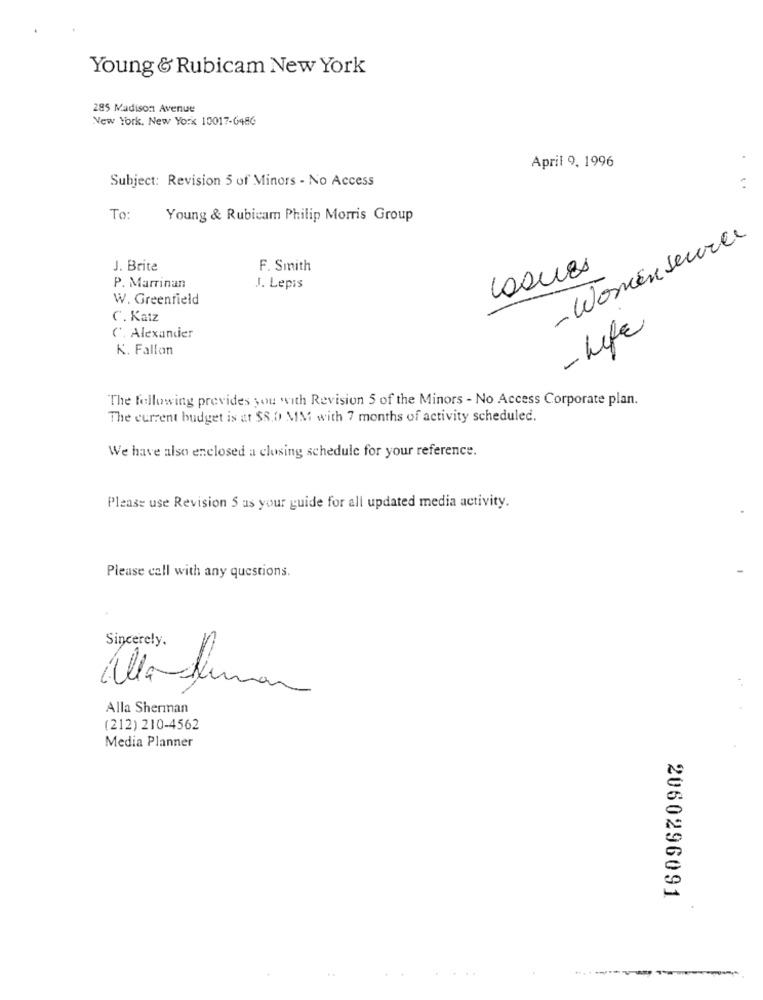
Young & Rubicam New York
285 Madison Avenue
New York, New York 10017-6486
April 9, 1996
Subject: Revision 5 of Minors - No Access
. .
To:
Young & Rubicam Philip Morris Group
- Women source
J. Brite
F. Smith
P. Marrinan
J. Lepis
W. Greenfield
C. Katz
- Life
(. Alexander
K. Fallon
The following provides you with Revision 5 of the Minors - No Access Corporate plan.
The current budget is at $8.0 MM with 7 months of activity scheduled.
We have also enclosed a closing schedule for your reference.
Please use Revision 5 as your guide for all updated media activity.
Please call with any questions.
Sincerely.
Alla-human
Alla Sherman
(212) 210-4562
Media Planner
2060296091
.+